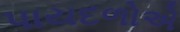
પાયદળોએ